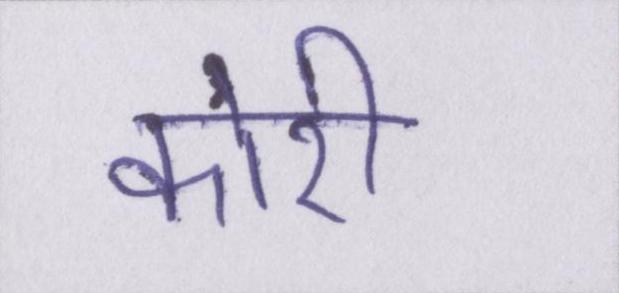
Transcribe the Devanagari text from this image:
कोरी